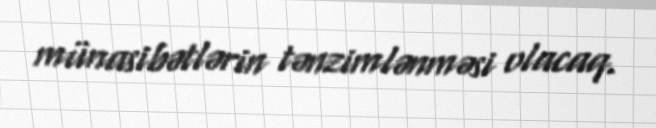
münasibətlərin tənzimlənməsi olacaq.